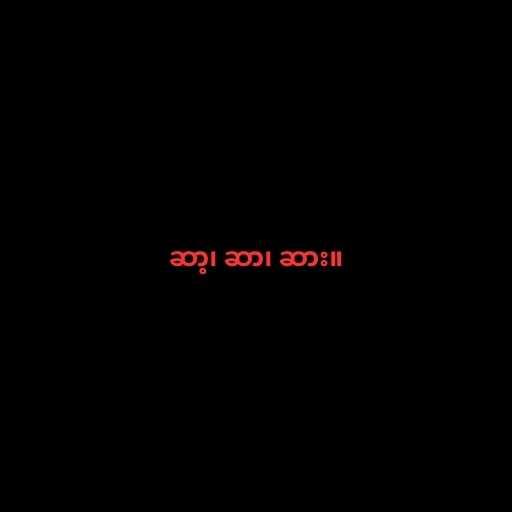
ဆာ့၊ ဆာ၊ ဆား။